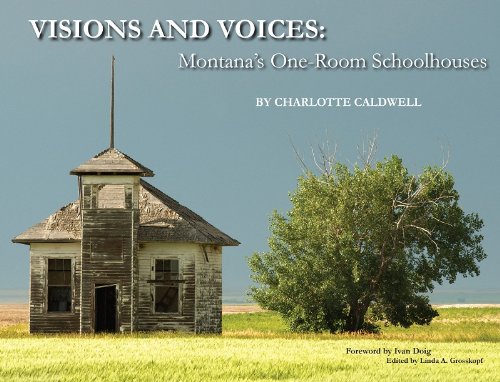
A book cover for Visions and Voices: Montana's One-Room Schoolhouses; text and photography by Charlotte Caldwell; Travel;